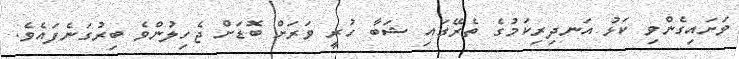
ވަށައިގެންވި ކަޅު އަނދިރިކަމުގެ ތެރޭގައި ޝަބާ ހުރީ ވަރަށް ބޮޑަށް ޖެހިލުންވެ ބިރުގަނެފައެވެ.